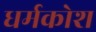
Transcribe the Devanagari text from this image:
धर्मकोश